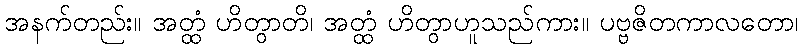
အနက်တည်း။ အတ္ထံ ဟိတွာတိ၊ အတ္ထံ ဟိတွာဟူသည်ကား။ ပဗ္ဗဇိတကာလတော၊